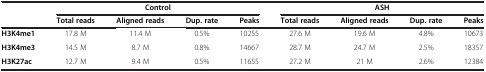
<table><thead><tr><td><b> </b></td><td colspan="4"><b>Control</b></td><td colspan="4"><b>ASH</b></td></tr><tr><td><b> </b></td><td><b>Total reads</b></td><td><b>Aligned reads</b></td><td><b>Dup. rate</b></td><td><b>Peaks</b></td><td><b>Total reads</b></td><td><b>Aligned reads</b></td><td><b>Dup. rate</b></td><td><b>Peaks</b></td></tr></thead><tbody><tr><td><b>H3K4me1</b></td><td>17.8 M</td><td>11.4 M</td><td>0.5%</td><td>10255</td><td>27.6 M</td><td>19.6 M</td><td>4.8%</td><td>10673</td></tr><tr><td><b>H3K4me3</b></td><td>14.5 M</td><td>8.7 M</td><td>0.8%</td><td>14667</td><td>28.7 M</td><td>24.7 M</td><td>2.5%</td><td>18357</td></tr><tr><td><b>H3K27ac</b></td><td>12.7 M</td><td>9.4 M</td><td>0.5%</td><td>11655</td><td>27.2 M</td><td>21 M</td><td>2.6%</td><td>12384</td></tr></tbody></table>